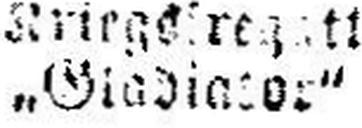
„Giedi###or“